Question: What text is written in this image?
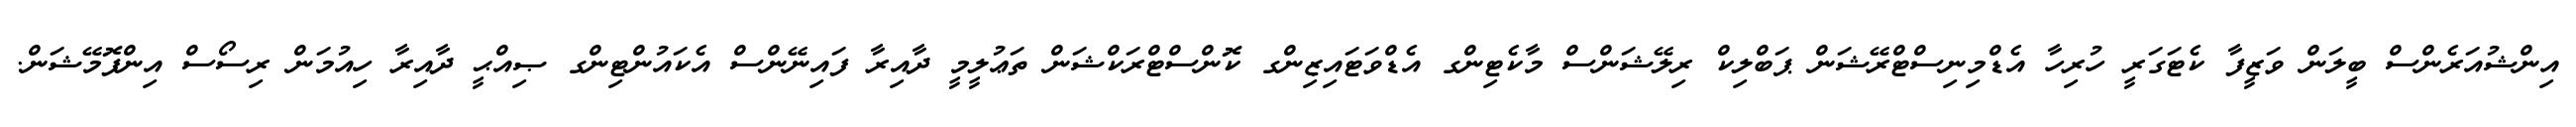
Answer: އިންޝުއަރެންސް ބީލަން ވަޒީފާ ކެޓަގަރީ ހުރިހާ އެޑްމިނިސްޓްރޭޝަން ޕަބްލިކް ރިލޭޝަންސް މާކެޓިންގ އެޑްވަޓައިޒިންގ ކޮންސްޓްރަކްޝަން ތަޢުލީމީ ދާއިރާ ފައިނޭންސް އެކައުންޓިންގ ޞިއްޙީ ދާއިރާ ހިއުމަން ރިސޯސް އިންފޮމޭޝަން.